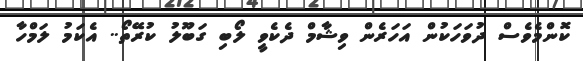
ކޮންމެވެސް ދުވަހަކުން އަހަރެން ވިޝާމް ދެކެވީ ލޯބި ގަބޫލު ކުރޭތޯ.. އެކަމު ލަމްހާ